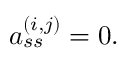
a _ { s s } ^ { ( i , j ) } = 0 .